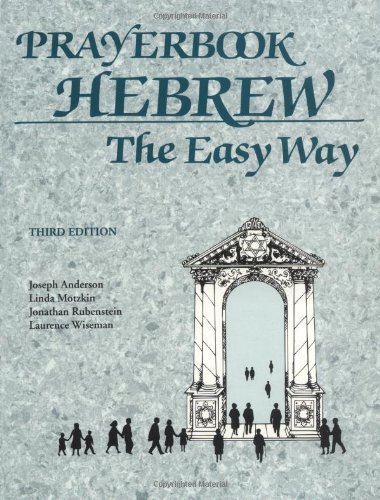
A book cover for Prayerbook Hebrew the Easy Way; Joseph Anderson; Religion & Spirituality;